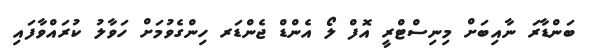
ބަންޑާރަ ނާއިބަށް މިނިސްޓްރީ އޮފް ލޯ އެންޑް ޖެންޑަރ ހިންގެވުމަށް ހަވާލު ކުރައްވާފައި